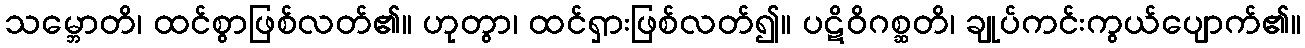
သမ္ဘောတိ၊ ထင်စွာဖြစ်လတ်၏။ ဟုတွာ၊ ထင်ရှားဖြစ်လတ်၍။ ပဋိဝိဂစ္ဆတိ၊ ချုပ်ကင်းကွယ်ပျောက်၏။